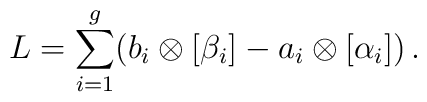
L = \sum_{i=1}^g (b_i\otimes [\beta_i] - a_i\otimes[\alpha_i])\, .